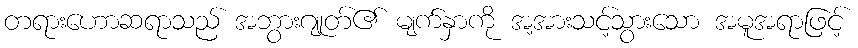
တရားဟောဆရာသည် အဘွားဂျုတ်၏ မျက်နှာကို အ့အားသင့်သွားသော အမူအရာဖြင့်